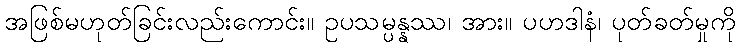
အဖြစ်မဟုတ်ခြင်းလည်းကောင်း။ ဥပသမ္ပန္နဿ၊ အား။ ပဟဒါနံ၊ ပုတ်ခတ်မှုကို